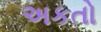
અકતો